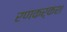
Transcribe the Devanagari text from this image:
रणकर्कश